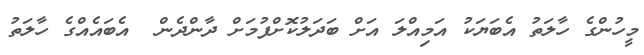
މީހުންގެ ހާލަތު އެބަޔަކު އަމިއްލަ އަށް ބަދަލުކޮށްފުމަށް ދާންދެން  އެބައެއްގެ ހާލަތު